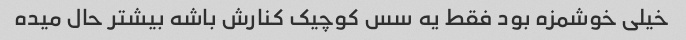
خیلی خوشمزه بود فقط یه سس کوچیک کنارش باشه بیشتر حال میده